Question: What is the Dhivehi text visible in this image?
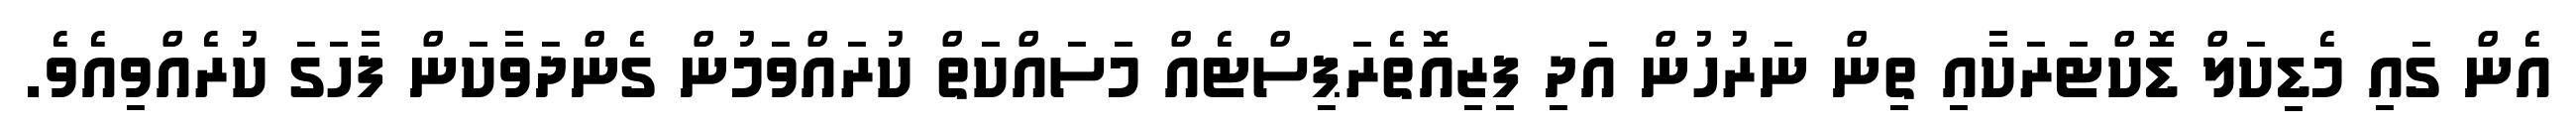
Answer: އެން ގައި މެޑިކަލް ޑޮކްޓަރަކާއި ތިން ނަރުހުން އަދި ފިޒިއޮތެރަޕިސްޓެއް މަސައްކަތް ކުރައްވަމުން ގެންދަވާކަން ފާހަގަ ކުރެއްވިއެވެ.